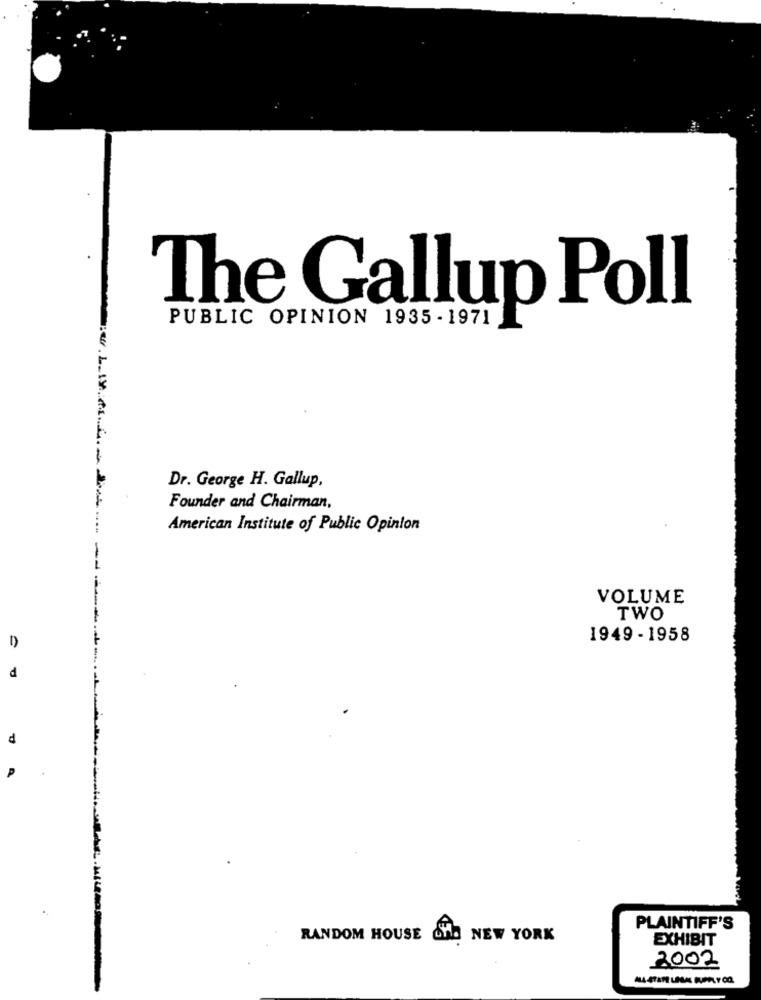
The Gallup Poll
PUBLIC OPINION 1935 - 1971
wLIYts
Dr. George H. Gallup,
Founder and Chairman,
American Institute of Public Opinion
VOLUME
TWO
1949 - 1958
d
d
PLAINTIFF'S
RANDOM HOUSE
NEW YORK
EXHIBIT
2002